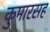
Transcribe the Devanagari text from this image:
कुमारसह